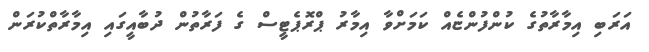
އަރަބި އިމާރާތުގެ ކުންފުންޏެއް ކަމަށްވާ އިމާރު ޕްރޮޕެޓީސް ގެ ފަރާތުން ދުބާއީގައި އިމާރާތްކުރަން